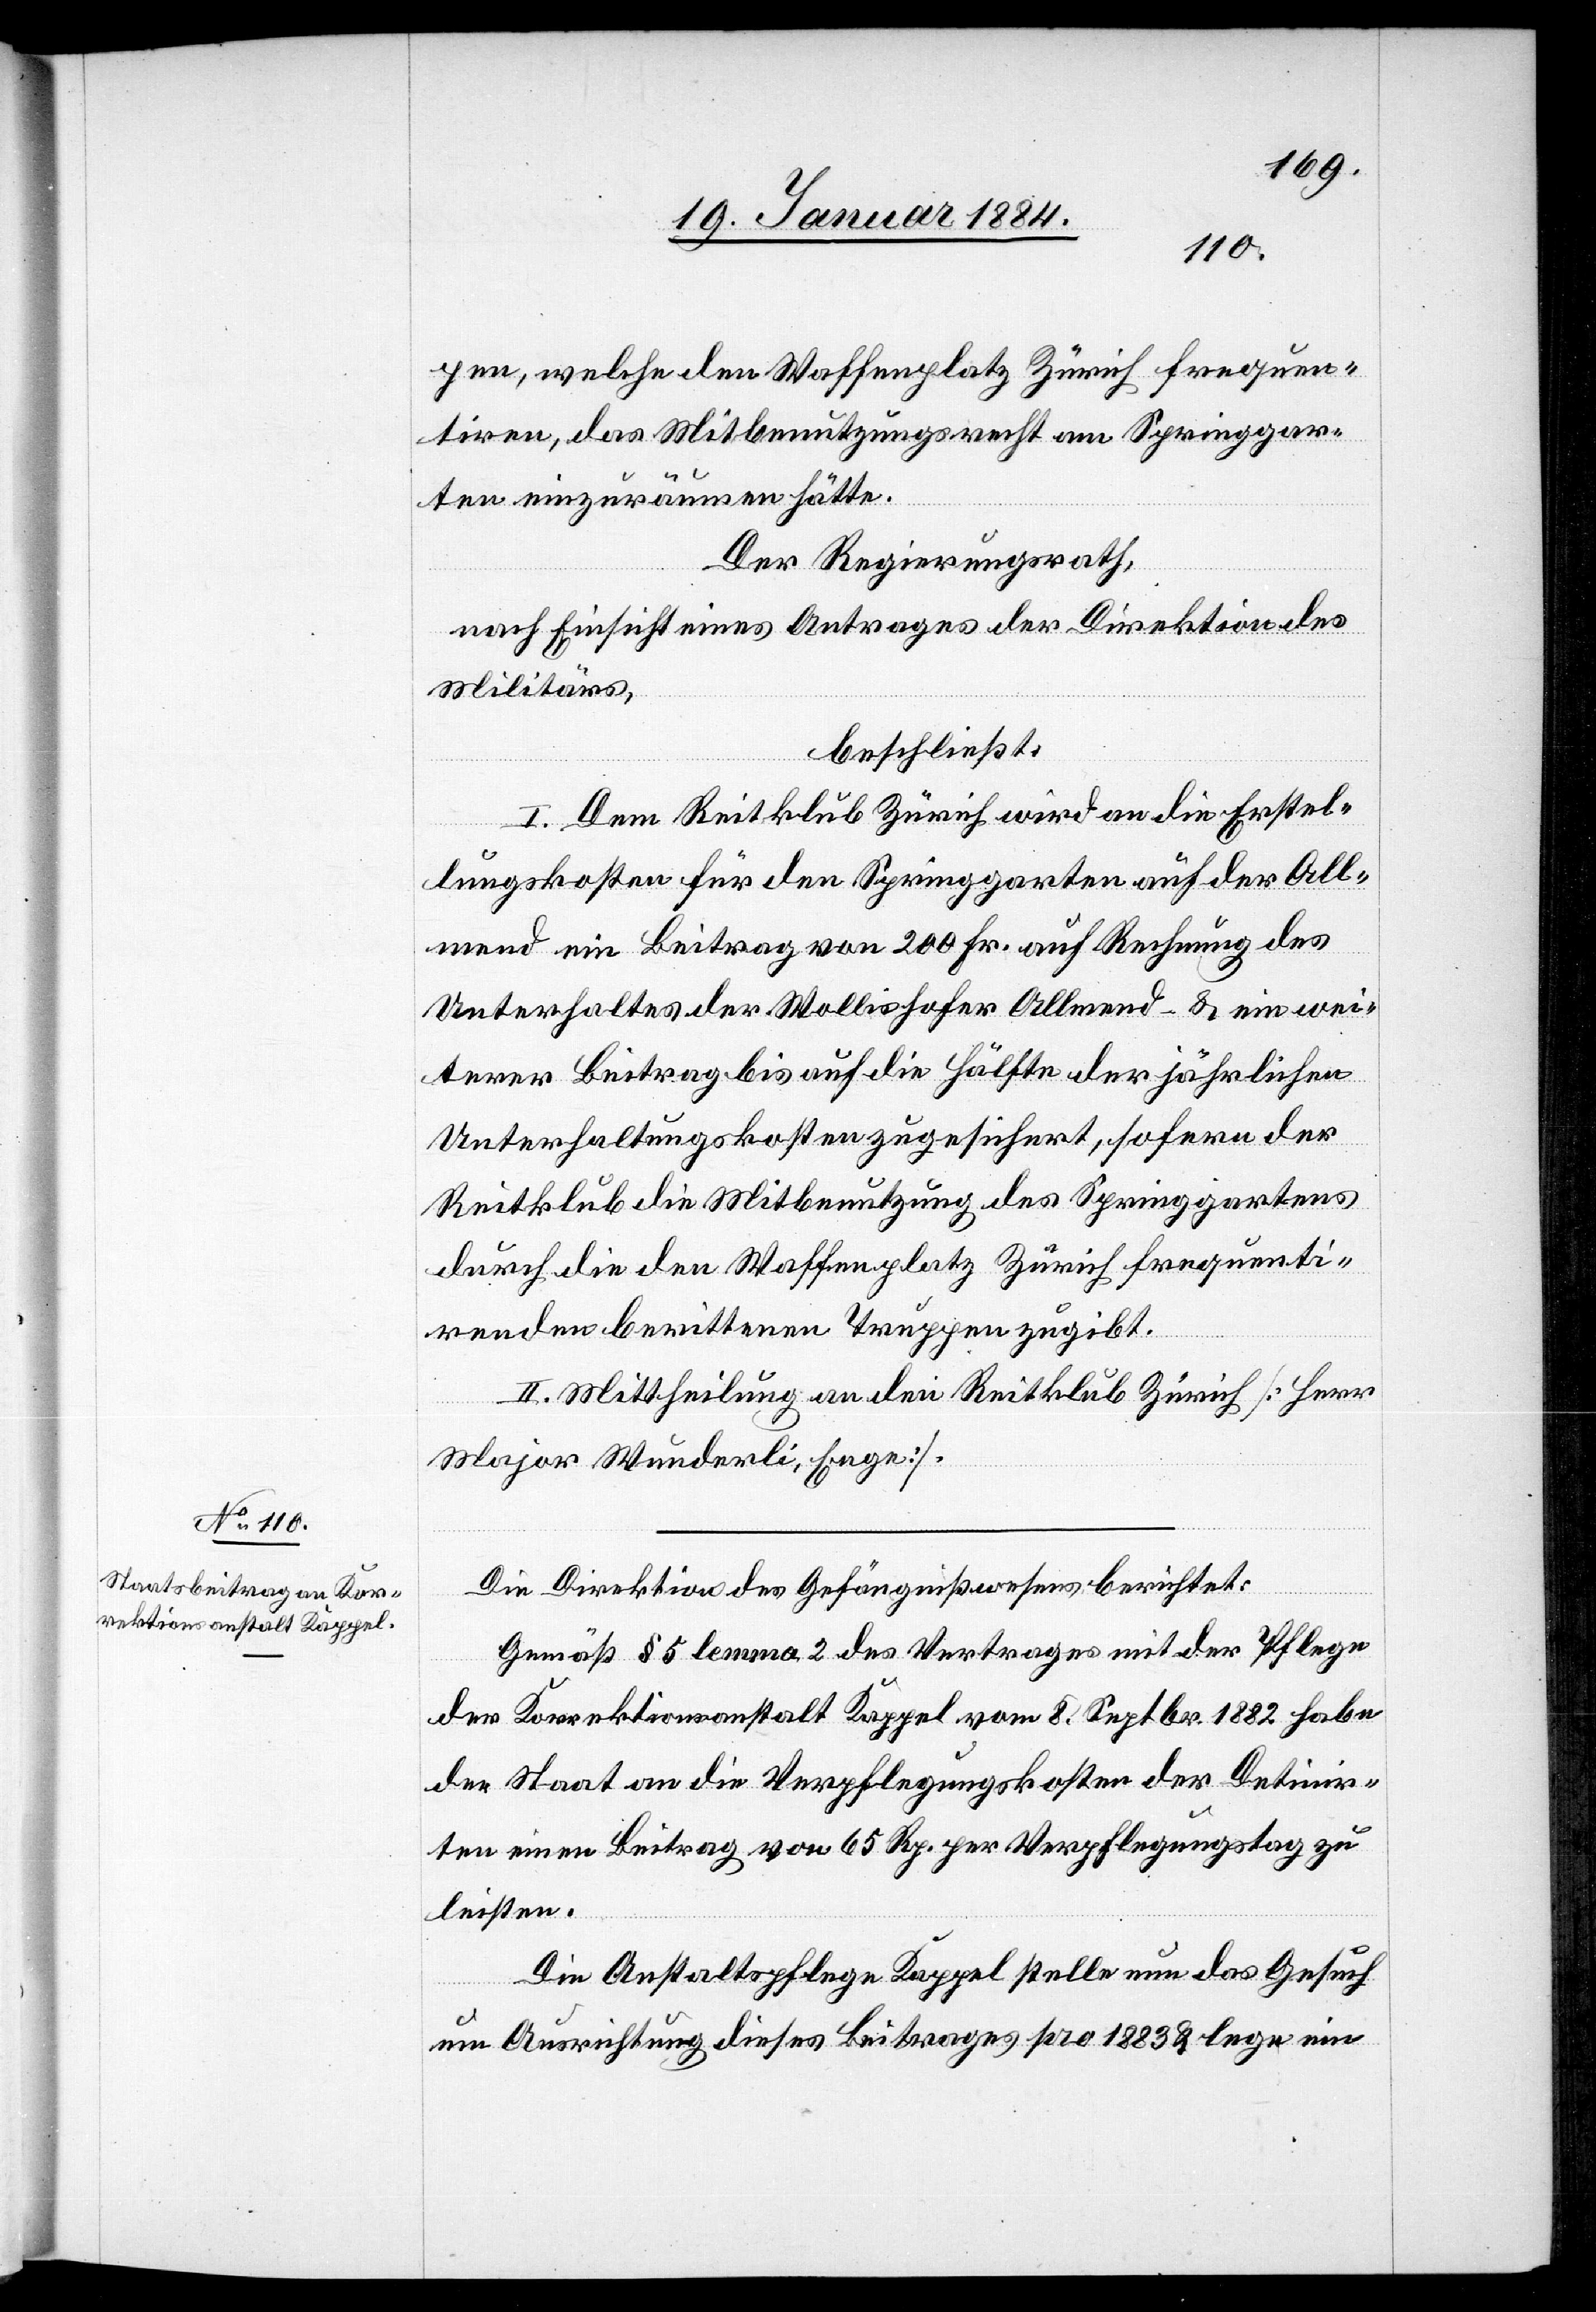
pen, welche den Waffenplatz Zürich frequen¬
tiren, das Mitbenutzungsrecht am Springgar¬
ten einzuräumen hätte.
Der Regierungsrath,
nach Einsicht eines Antrages der Direktion des
Militärs,
beschließt:
I. Dem Reitklub Zürich wird an die Erstel¬
lungskosten für den Springgarten auf der All¬
mend ein Beitrag von 200 Fr. auf Rechnung des
Unterhaltes der Wollishofer Allmend & ein wei¬
terer Beitrag bis auf die Hälfte der jährlichen
Unterhaltungskosten zugesichert, sofern der
Reitklub die Mitbenutzung des Springgartens
durch die den Waffenplatz Zürich frequenti¬
renden berittenen Truppen zugibt.
II. Mittheilung an den Reitklub Zürich [Herr
Major Wunderli, Enge].
Die Direktion des Gefängnißwesens berichtet:
Gemäß § 5 lemma 2 des Vertrages mit der Pflege
der Korrektionsanstalt Kappel vom 8. Sptbr. 1882 habe
der Staat an die Verpflegungskosten der Detinir¬
ten einen Beitrag von 65 Rp. per Verpflegungstag zu
leisten.
Die Anstaltspflege Kappel stelle nun das Gesuch
um Ausrichtung dieses Beitrages pro 1883 & lege ein